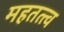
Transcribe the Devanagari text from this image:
महतत्त्व